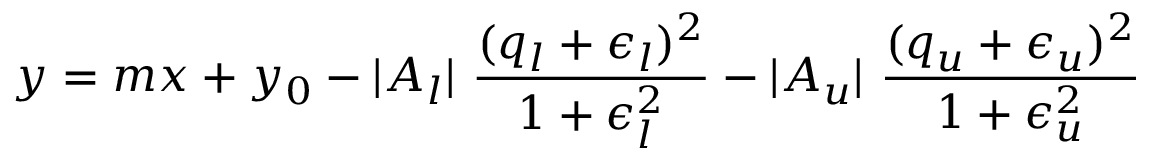
y = m x + y _ { 0 } - | A _ { l } | \ \frac { ( q _ { l } + \epsilon _ { l } ) ^ { 2 } } { 1 + \epsilon _ { l } ^ { 2 } } - | A _ { u } | \ \frac { ( q _ { u } + \epsilon _ { u } ) ^ { 2 } } { 1 + \epsilon _ { u } ^ { 2 } }